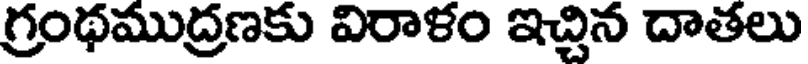
గ్రంథముద్రణకు విరాళం ఇచ్చిన దాతలు